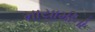
માયામીનો